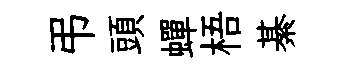
弔頭蟬梧綦